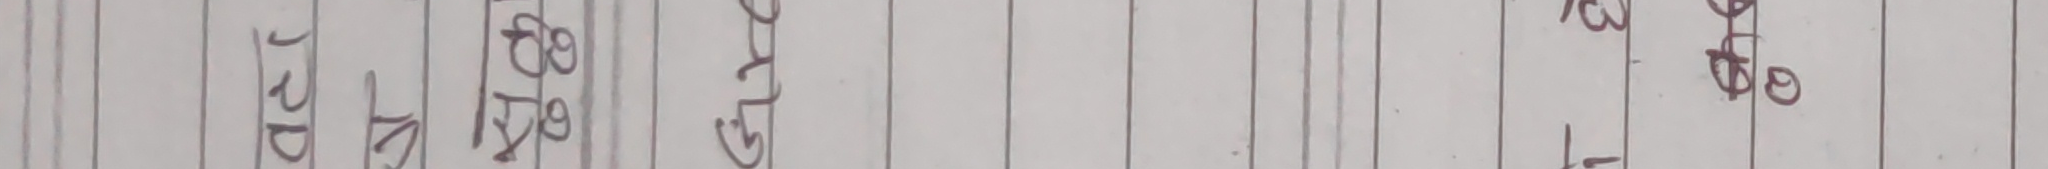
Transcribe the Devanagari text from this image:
JRD विहार छात्र नि १३ छात्र बने